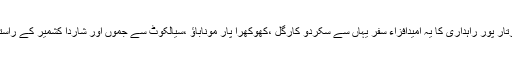
جبکہ صرف اسی پر ہی اکتفا نہیں کیا جائیگا بلکہ کرتار پور راہداری کا یہ امیدافزاء سفر یہاں سے سکردو کارگل ،کھوکھرا پار موناباؤ ،سیالکوٹ سے جموں اور شاردا کشمیر کے راستے بھی کھولنے پر یوں ہی جار ی وساری رہے گا ۔